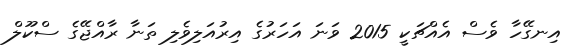
އިނގޭހާ ވެސް އެއްޗަކީ 2015 ވަނަ އަހަރުގެ އިރުއަލިވެލި ތަނާ ރާއްޖޭގެ ސްކޫލް